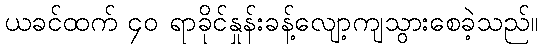
ယခင်ထက် ၄၀ ရာခိုင်နှုန်းခန့်လျော့ကျသွားစေခဲ့သည်။